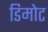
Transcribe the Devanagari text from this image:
डिमोट